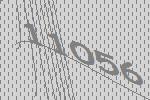
11056